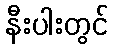
နီးပါးတွင်